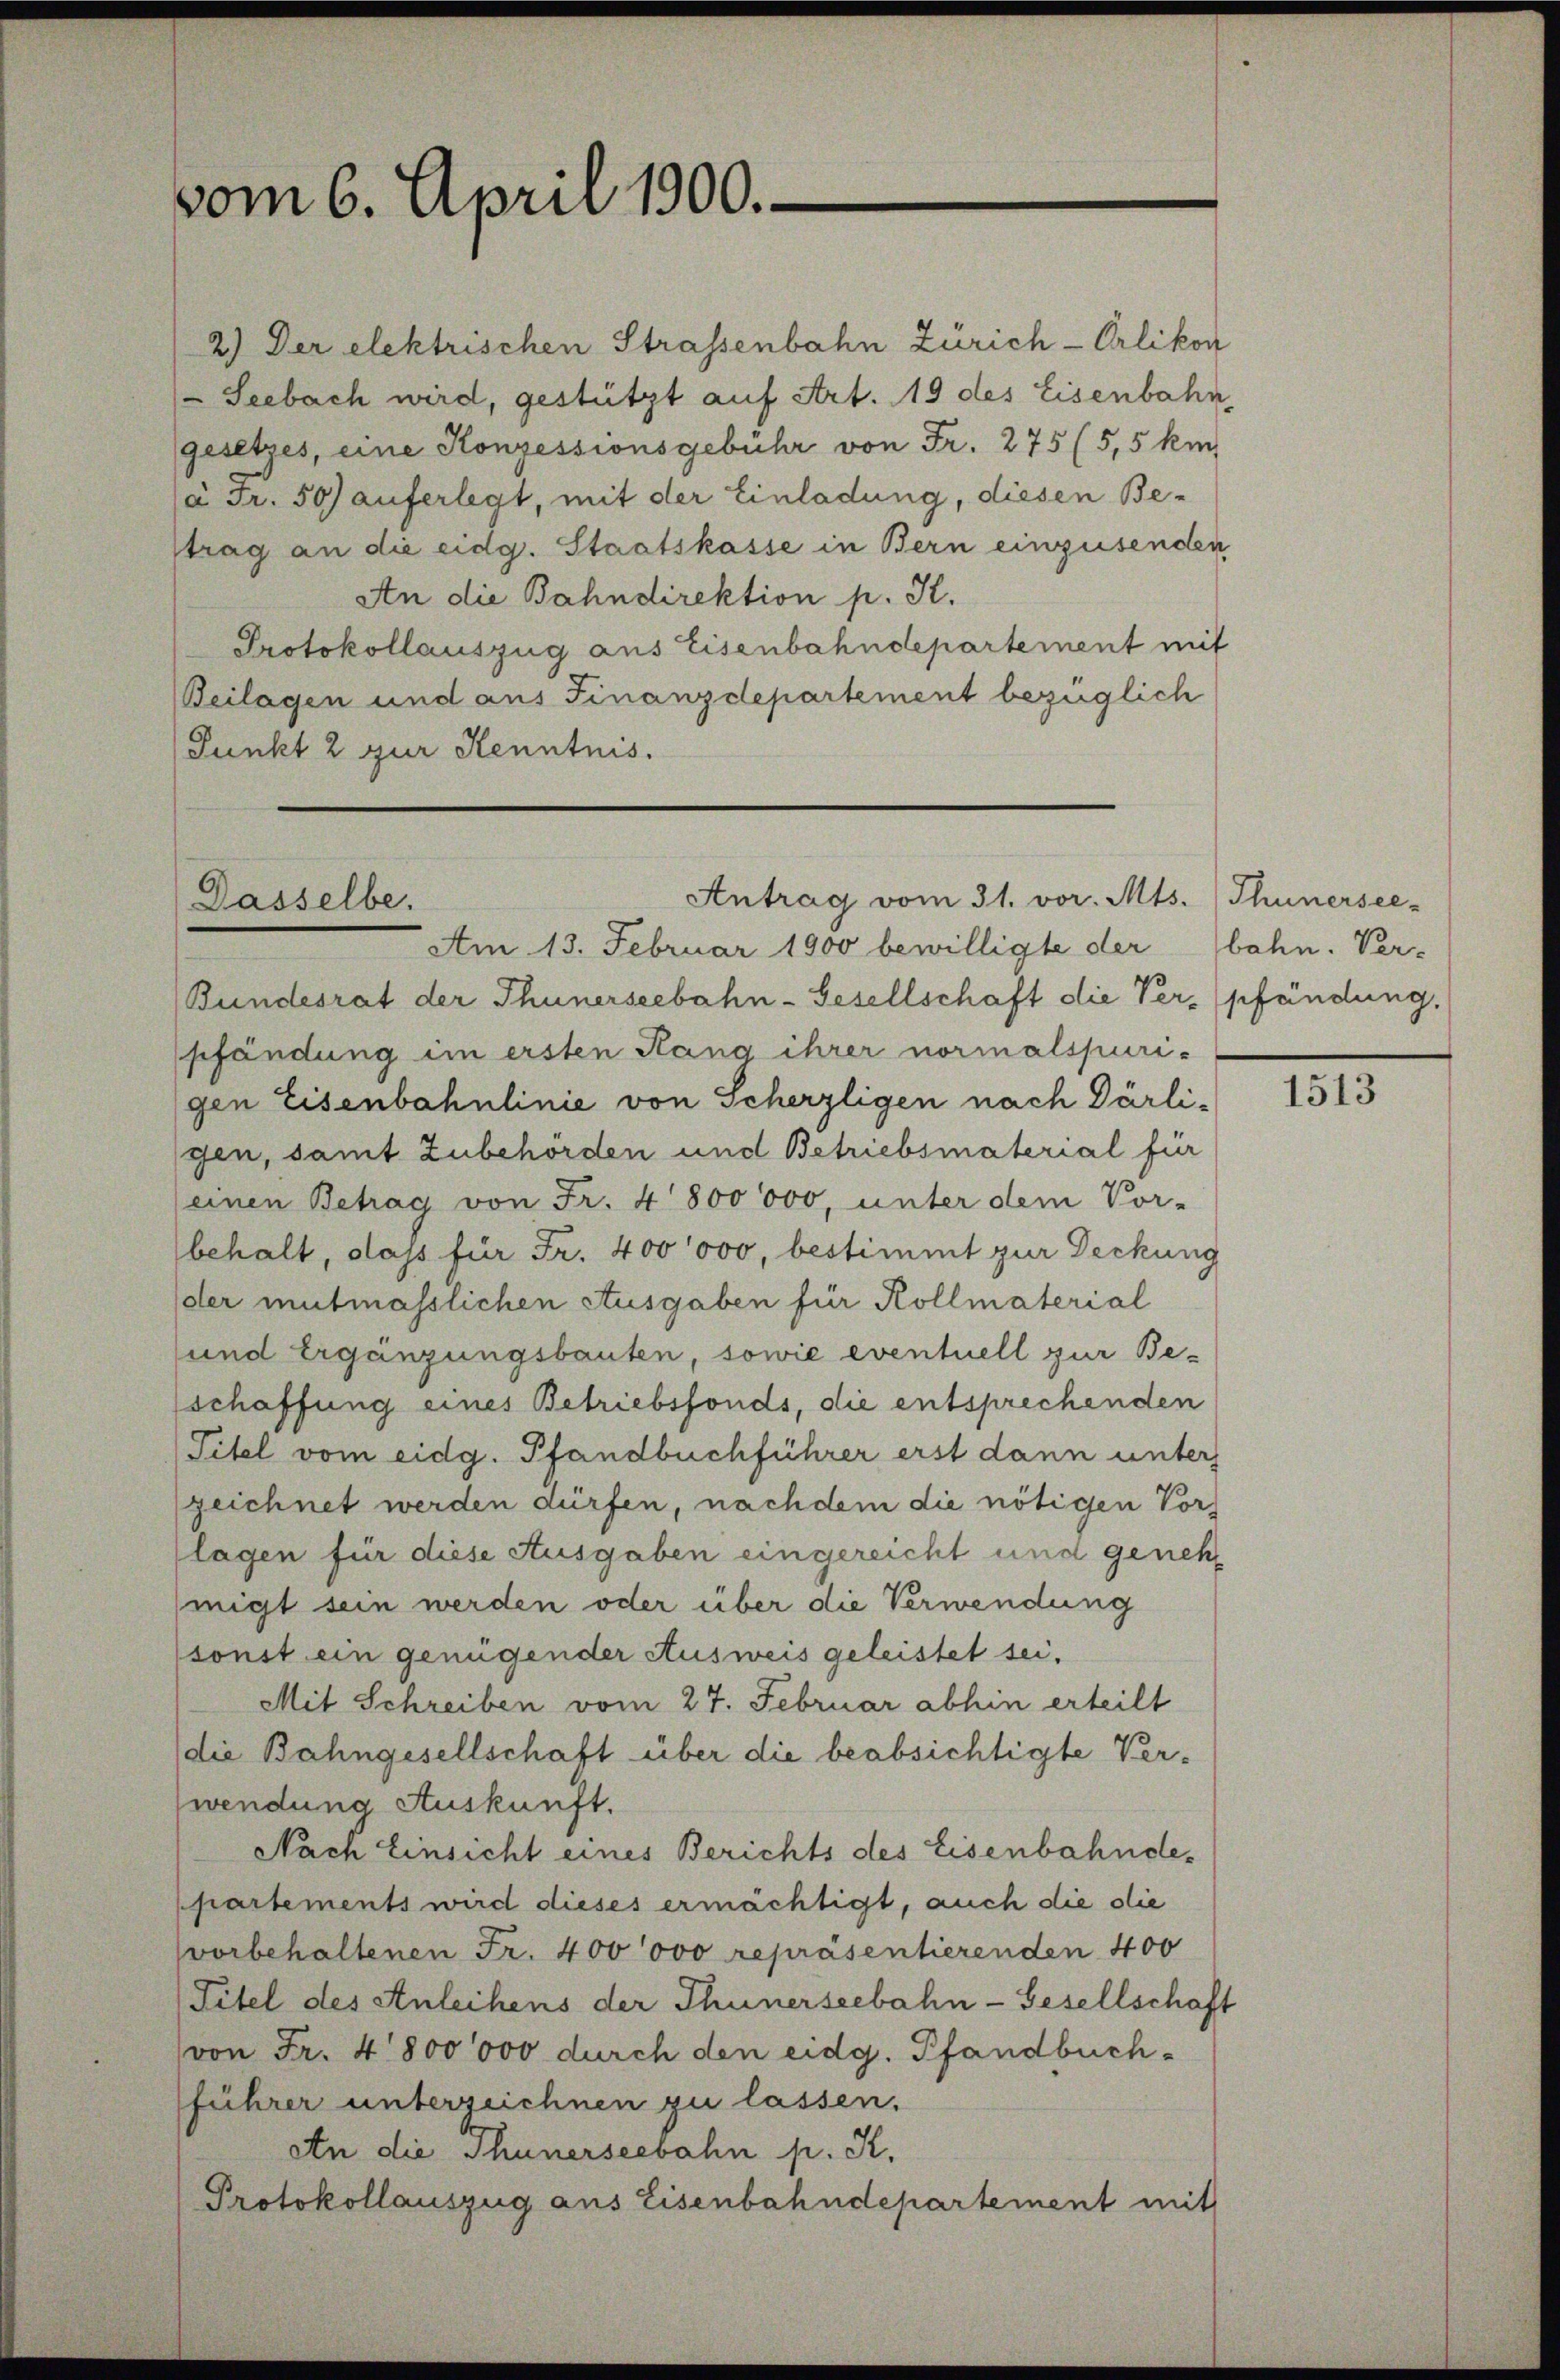
vom 6. April 1900.

2.) Der elektrischen Strassenbahn Zürich-Orlikon
Seebach wird, gestützt auf Art. 19 des Eisenbahn,
gesetzes, eine Konzessionsgebühr von Fr. 275 (5,5 km
ja Fr. 50) auferlegt, mit der Einladung, diesen Betrag an die eidg. Staatskasse in Bern einzusenden
An die Bahndirektion p. K.
Protokollauszug aus Eisenbahndepartement mit
Beilagen und aus Finanzdepartement bezüglich
Punkt 2 zur Kenntnis.

Antrag vom 31. vor. Mts. Thunersee-
Dasselbe.
Am 13. Februar 1900 bewilligte der bahn. Ver-

Bundesrat der Thunerseebahn-Gesellschaft die Verpfändung.
pfändung im ersten Rang ihrer normalspurigen Eisenbahnlinie von Scherzligen nach Därli-
gen, samt Zubehörden und Betriebsmaterial für
(einen Betrag von Fr. 4800 000, unter dem Vor-
(behalt, dass für Fr. 400 000, bestimmt zur Deckung
der mutmasslichen Ausgaben für Kollmaterial
und Ergänzungsbauten, sowie eventuell zur Beschaffung eines Betriebsfonds, die entsprechenden
Titel vom eidg. Pfandbuchführer erst dann unter
zeichnet werden dürfen, nach dem die nötigen Vors
(lagen für diese Ausgaben eingereicht und genehmigt sein werden oder über die Verwendung
sonst ein genügender Ausweis geleistet sei,
Mit Schreiben vom 27. Februar abhin erteilt
(die Bahngesellschaft über die beabsichtigte Verwendung Auskunft.
Nach Einsicht eines Berichts des Eisenbahndepartements wird dieses ermächtigt, auch die die
svorbehaltenen Fr. 400000 repräsentierenden 400
Titel des Anleihens der Thunerseebahn-Gesellschaft
von Fr. 4800000 durch den eidg. Pfandbuch-
führer unterzeichnen zu lassen.
An die Thunerseebahn p. K.
Protokollauszug aus Eisenbahndepartement mit

1513